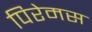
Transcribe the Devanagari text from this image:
पिरेमस